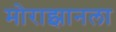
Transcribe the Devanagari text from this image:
मोराझानला